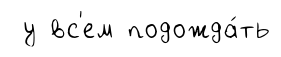
у вс'ем подожда́ть